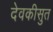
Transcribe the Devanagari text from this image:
देवकीसुत